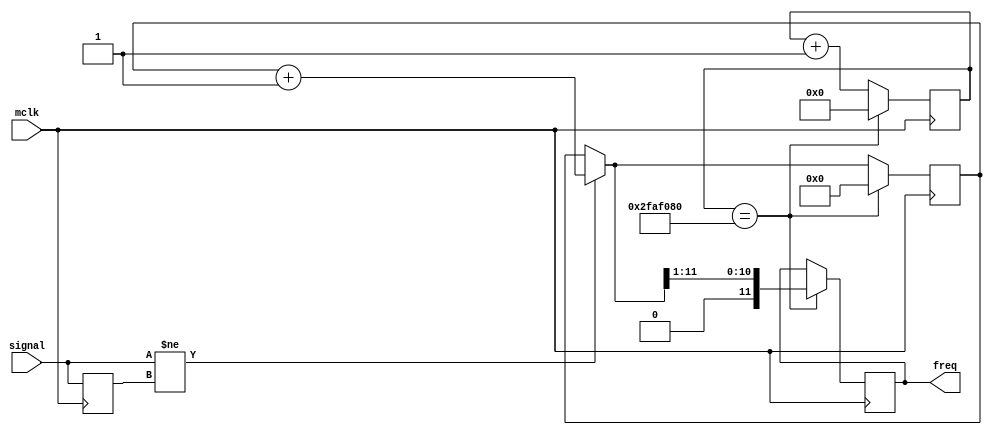
module top(
	 input mclk,
	 input signal,
	 output [11:0] freq
    );

// mclk default is 50 MHz
// (for 1 second count, need 26-bit counter that resets after 50000000
// clock tics)
reg [11:0] freq_count;
reg [25:0] count;
reg old_sig;
reg [11:0] freq_out;

assign freq = freq_out;

initial begin
	count <= 26'b0;
	old_sig <= 1'b0;
	freq_out <= 12'b0;
	freq_count <= 12'b0;
	
end

always @(posedge mclk) begin
	count <= count + 1;
	if (signal != old_sig) begin
		freq_count = freq_count +1;
	end
	
	if (count == 50000000) begin
		freq_out = freq_count >> 1;
		count <= 0;
		freq_count = 0;
	end
	
	old_sig = signal;
end
	

endmodule